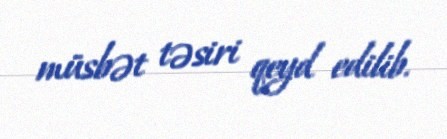
müsbət təsiri qeyd edilib.